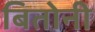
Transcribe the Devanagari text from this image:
बितोनी